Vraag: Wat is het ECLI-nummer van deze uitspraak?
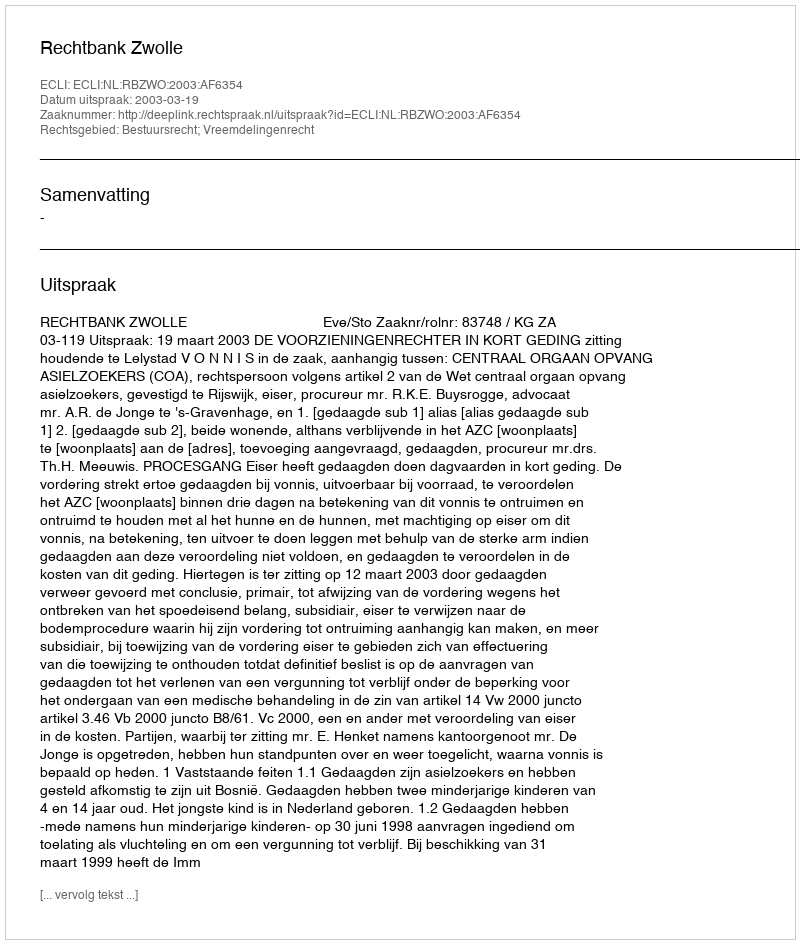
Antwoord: ECLI:NL:RBZWO:2003:AF6354